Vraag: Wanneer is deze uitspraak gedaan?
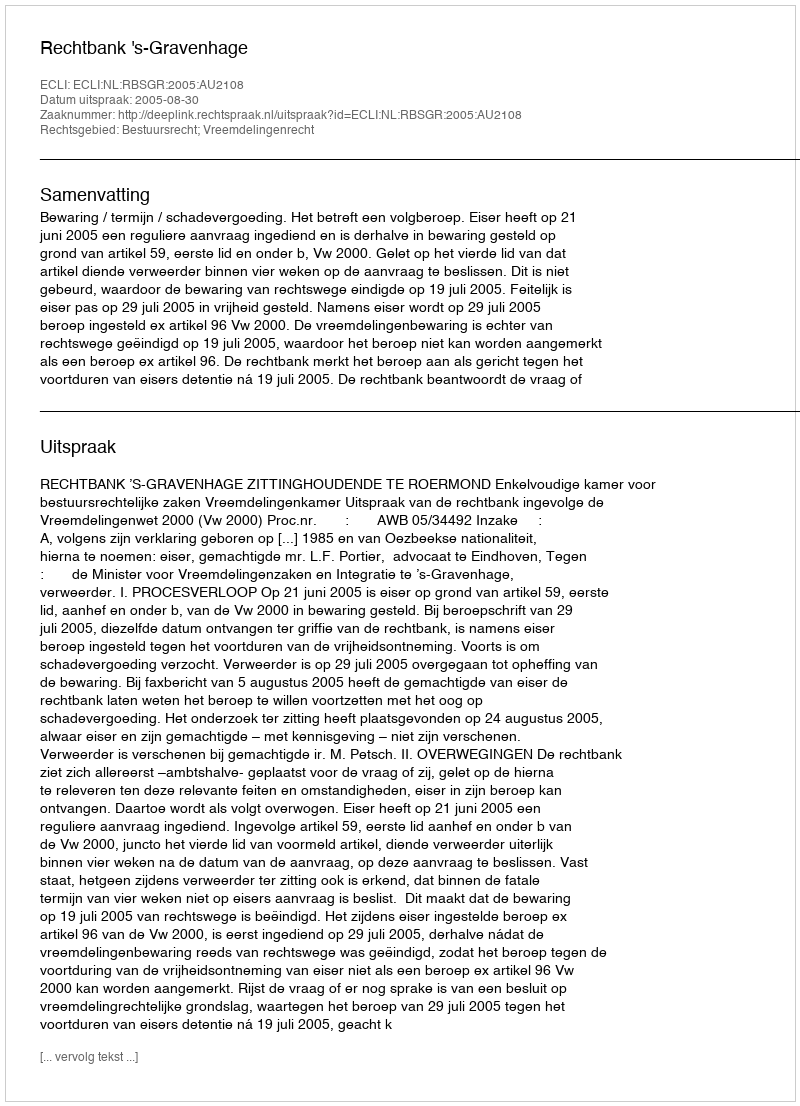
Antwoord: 2005-08-30